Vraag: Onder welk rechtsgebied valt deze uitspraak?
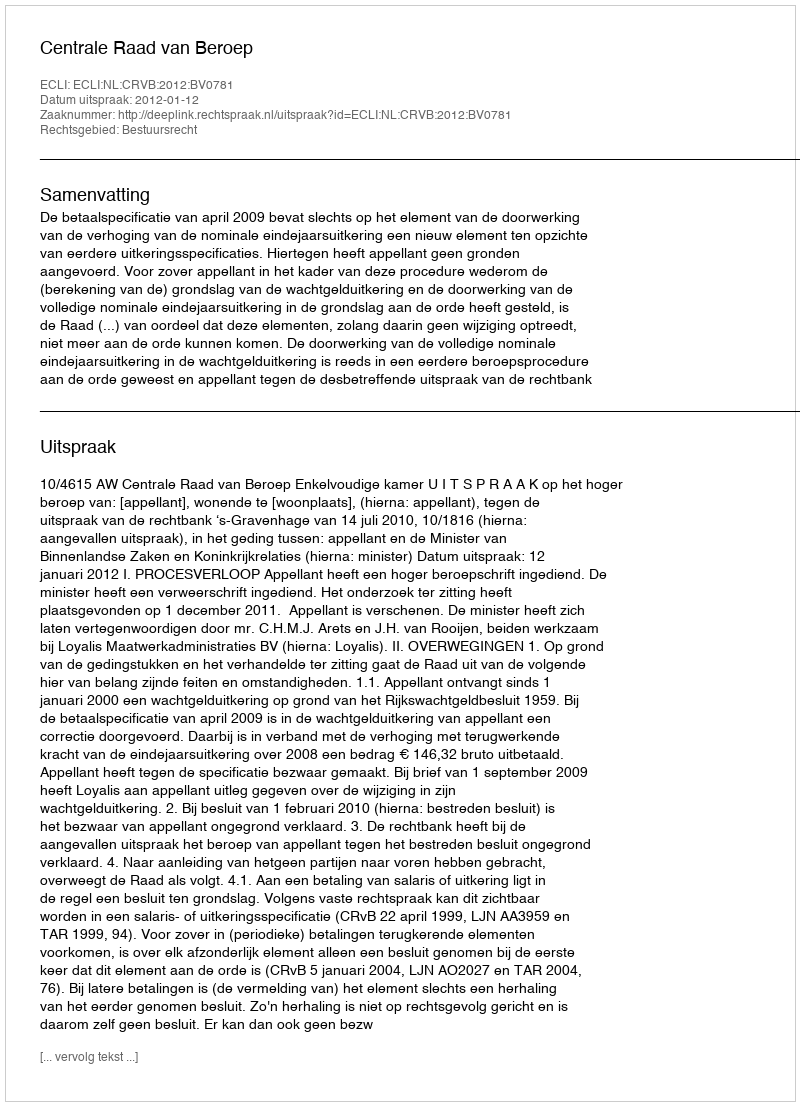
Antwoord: Bestuursrecht